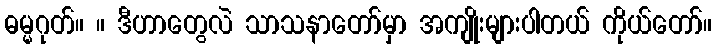
ဓမ္မဂုတ်။ ။ ဒီဟာတွေလဲ သာသနာတော်မှာ အကျိုးများပါတယ် ကိုယ်တော်။